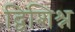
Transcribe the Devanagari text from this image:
द्विशिश्न